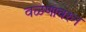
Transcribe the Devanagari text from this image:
वळणावरुन